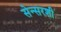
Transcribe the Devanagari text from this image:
सेन्सरशी